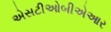
એસટીઓબીએઆર